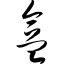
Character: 盒